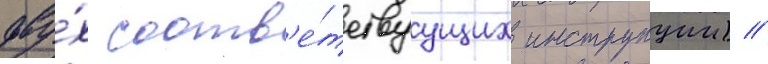
дву́х соотв'е́тствуущих инструкции) //